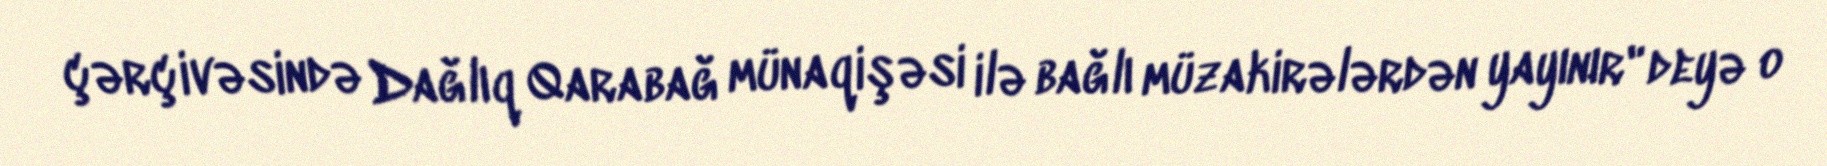
çərçivəsində Dağlıq Qarabağ münaqişəsi ilə bağlı müzakirələrdən yayınır" deyə o